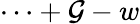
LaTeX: \cdots+\mathcal{G}-w